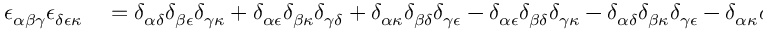
\begin{array} { r l } { \epsilon _ { \alpha \beta \gamma } \epsilon _ { \delta \epsilon \kappa } } & { { } = \delta _ { \alpha \delta } \delta _ { \beta \epsilon } \delta _ { \gamma \kappa } + \delta _ { \alpha \epsilon } \delta _ { \beta \kappa } \delta _ { \gamma \delta } + \delta _ { \alpha \kappa } \delta _ { \beta \delta } \delta _ { \gamma \epsilon } - \delta _ { \alpha \epsilon } \delta _ { \beta \delta } \delta _ { \gamma \kappa } - \delta _ { \alpha \delta } \delta _ { \beta \kappa } \delta _ { \gamma \epsilon } - \delta _ { \alpha \kappa } \delta _ { \beta \epsilon } \delta _ { \gamma \delta } } \end{array}